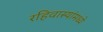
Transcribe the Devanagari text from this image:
रहिवास्यांमध्ये